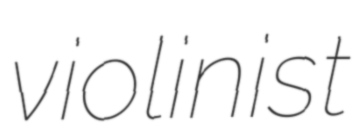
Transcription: violinist